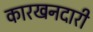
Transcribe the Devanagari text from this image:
कारखनदारी